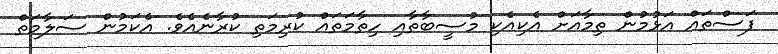
ފަސްތައް އަޅުމުން ތިމާއަށް އެކިއެކި މުސީބާތާއި ހިތާމަތައް ކުރިމަތި ކުރާނެއެވެ. އެކަމުން ސަލާމަތް